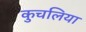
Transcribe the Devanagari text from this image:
कुचलिया